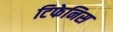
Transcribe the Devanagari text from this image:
टिफेनिस